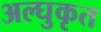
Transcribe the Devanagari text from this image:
अल्घुकृत